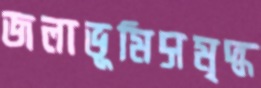
জলাভূমিসমৃদ্ধ